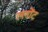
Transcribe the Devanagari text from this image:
लगोंट